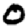
Digit: 0